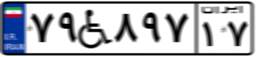
۷۹W۸۹۷۱۷